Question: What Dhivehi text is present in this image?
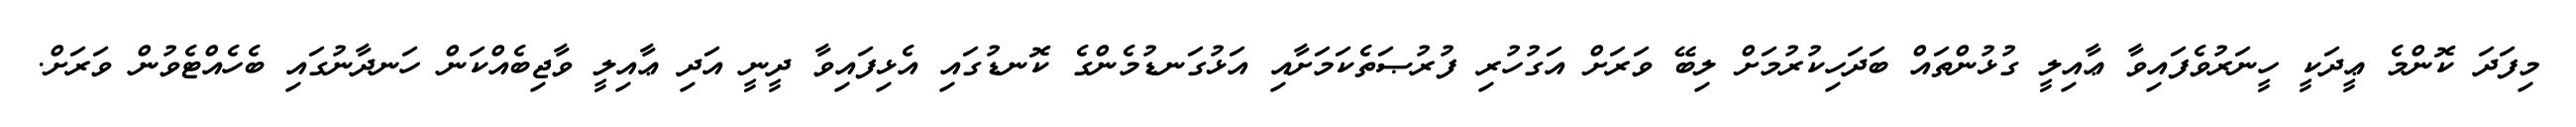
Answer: މިފަދަ ކޮންމެ ޢީދަކީ ހީނަރުވެފައިވާ ޢާއިލީ ގުޅުންތައް ބަދަހިކުރުމަށް ލިބޭ ވަރަށް އަގުހުރި ފުރުޞަތެކަމަށާއި އަޅުގަނޑުމެންގެ ކޮނޑުގައި އެޅިފައިވާ ދީނީ އަދި ޢާއިލީ ވާޖިބެއްކަން ހަނދާނުގައި ބެހެއްޓެވުން ވަރަށް.